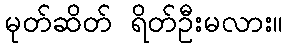
မုတ်ဆိတ် ရိတ်ဦးမလား။